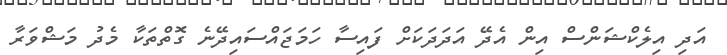
އަދި އިލެކްޝަންސް އިން އެދޭ އަދަދަކަށް ފައިސާ ހަމަޖައްސައިދޭނެ ގޮތްތަކާ މެދު މަޝްވަރާ